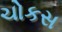
ચોકસ